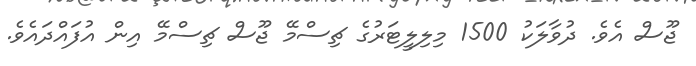
ޖޫސް އެވެ. ދުވާލަކު 1500 މިލިލީޓަރުގެ ޗިސްމޭ ޖޫސް ޗިސްމޭ އިން އުފައްދައެވެ.